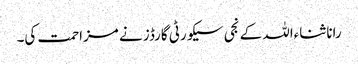
رانا ثناءاللہ کے نجی سیکورٹی گارڈز نے مزاحمت کی۔